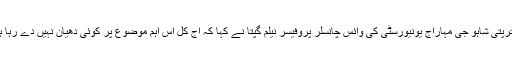
چھترپتی شاہو جی مہاراج یونیورسٹی کی وائس چانسلر پروفیسر نیلم گپتا نے کہا کہ آج کل اس اہم موضوع پر کوئی دھیان نہیں دے رہا ہے۔